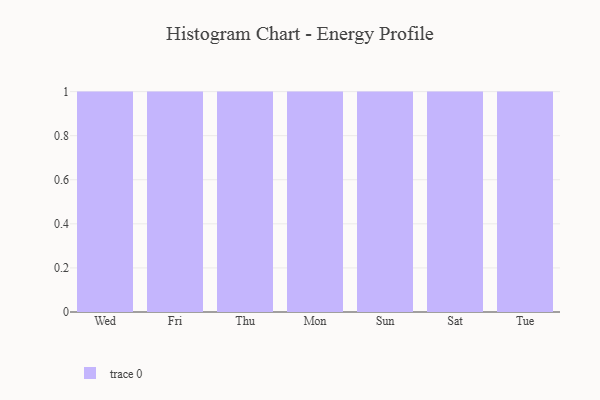
{"axis": {"x": "Day", "y": "Satisfaction Score"}, "legend": [""], "data": [{"x": "Wed", "y": 13, "type": ""}, {"x": "Fri", "y": 33, "type": ""}, {"x": "Thu", "y": 55, "type": ""}, {"x": "Mon", "y": 27, "type": ""}, {"x": "Sun", "y": 65, "type": ""}, {"x": "Sat", "y": 100, "type": ""}, {"x": "Tue", "y": 26, "type": ""}]}